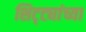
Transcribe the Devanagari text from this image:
शिट्ट्यांच्या